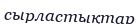
сырластықтар